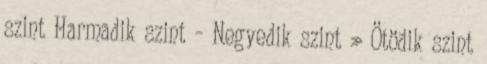
szint Harmadik szint – Negyedik szint » Ötödik szint